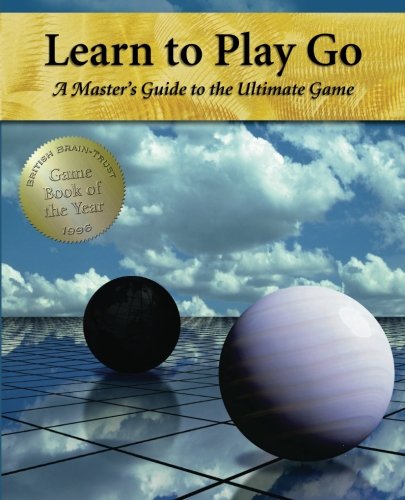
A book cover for Learn to Play Go: A Master's Guide to the Ultimate Game (Volume I) (Learn to Play Go Series); Janice Kim; Humor & Entertainment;